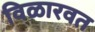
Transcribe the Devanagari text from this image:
विळारवत